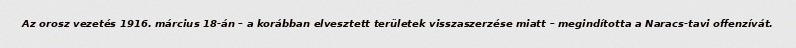
Az orosz vezetés 1916. március 18-án – a korábban elvesztett területek visszaszerzése miatt – megindította a Naracs-tavi offenzívát.